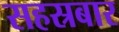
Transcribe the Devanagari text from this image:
सहस्रबार